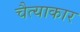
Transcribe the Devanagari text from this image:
चैत्याकार